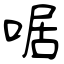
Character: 啹